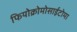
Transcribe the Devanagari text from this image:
फियोक्रोमोसाईटोमा